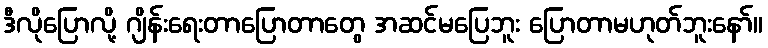
ဒီလိုပြောလို့ ဂျိန်းရေးတာပြောတာတွေ အဆင်မပြေဘူး ပြောတာမဟုတ်ဘူးနော်။